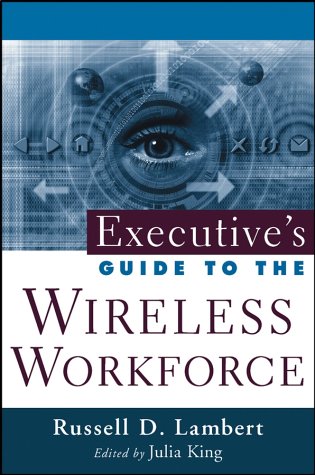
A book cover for Executive's Guide to the Wireless Workforce; Russell D. Lambert; Business & Money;